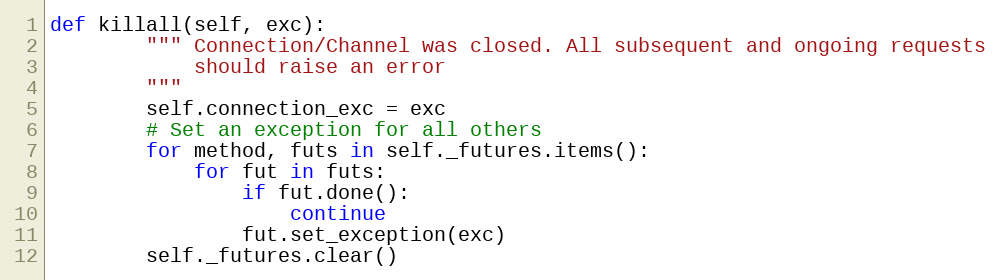
Language: Python
def killall(self, exc):
        """ Connection/Channel was closed. All subsequent and ongoing requests
            should raise an error
        """
        self.connection_exc = exc
        # Set an exception for all others
        for method, futs in self._futures.items():
            for fut in futs:
                if fut.done():
                    continue
                fut.set_exception(exc)
        self._futures.clear()